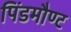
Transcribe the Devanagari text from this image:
पिंडमौण्ट